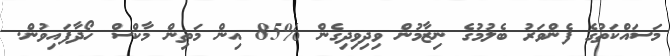
މަސައްކަތުގެ ފެންވަރު ބެލުމުގެ ނިޒާމުން ވިދިވިދިގެން %85 އިން މަތިން މާކްސް ހޯދާފައިވުން.